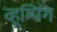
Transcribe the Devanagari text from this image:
व्हूम्पिंग